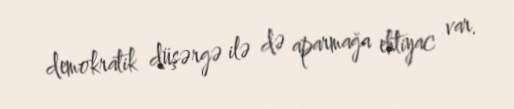
demokratik düşərgə ilə də aparmağa ehtiyac var.